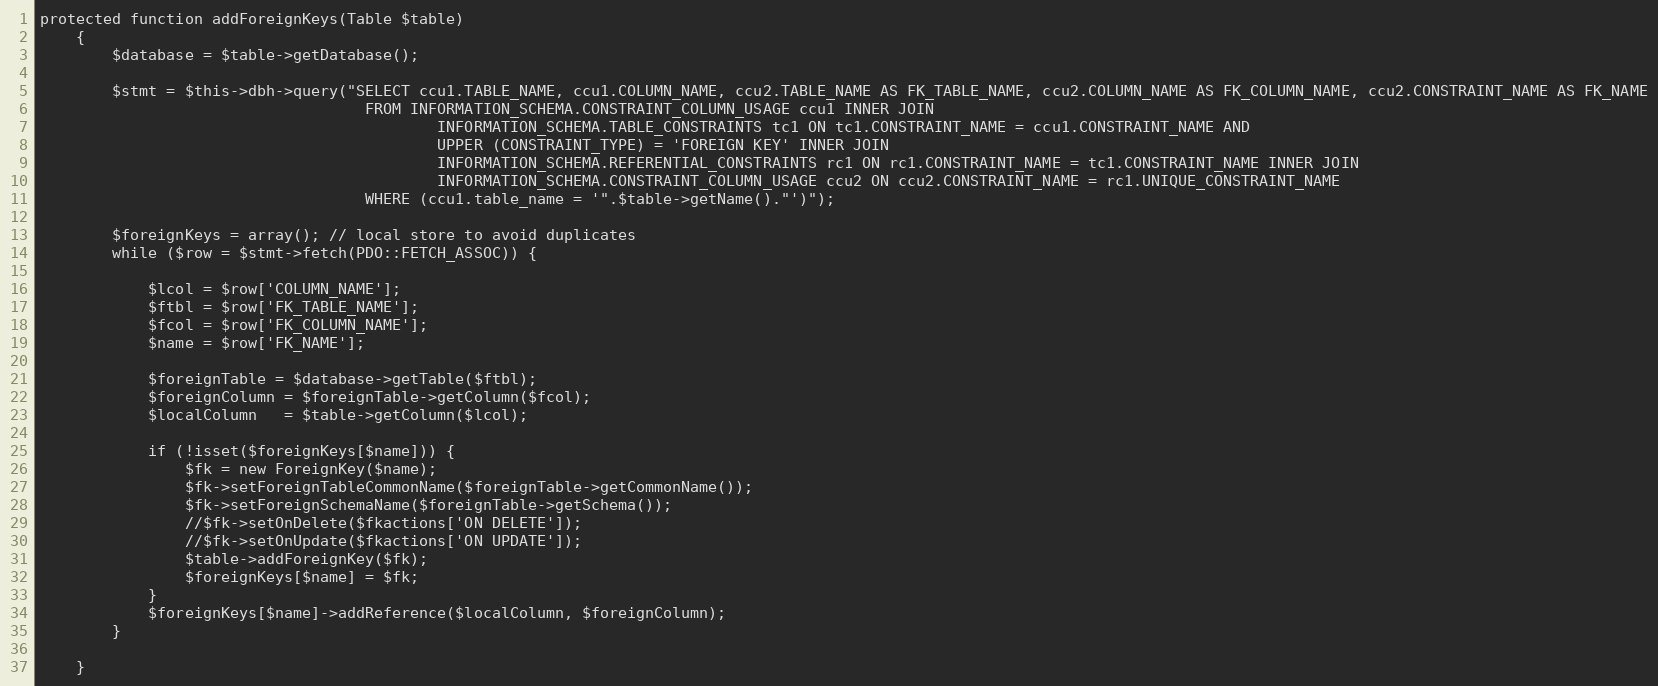
Language: PHP
protected function addForeignKeys(Table $table)
	{
		$database = $table->getDatabase();

		$stmt = $this->dbh->query("SELECT ccu1.TABLE_NAME, ccu1.COLUMN_NAME, ccu2.TABLE_NAME AS FK_TABLE_NAME, ccu2.COLUMN_NAME AS FK_COLUMN_NAME, ccu2.CONSTRAINT_NAME AS FK_NAME
									FROM INFORMATION_SCHEMA.CONSTRAINT_COLUMN_USAGE ccu1 INNER JOIN
											INFORMATION_SCHEMA.TABLE_CONSTRAINTS tc1 ON tc1.CONSTRAINT_NAME = ccu1.CONSTRAINT_NAME AND
											UPPER (CONSTRAINT_TYPE) = 'FOREIGN KEY' INNER JOIN
											INFORMATION_SCHEMA.REFERENTIAL_CONSTRAINTS rc1 ON rc1.CONSTRAINT_NAME = tc1.CONSTRAINT_NAME INNER JOIN
											INFORMATION_SCHEMA.CONSTRAINT_COLUMN_USAGE ccu2 ON ccu2.CONSTRAINT_NAME = rc1.UNIQUE_CONSTRAINT_NAME
									WHERE (ccu1.table_name = '".$table->getName()."')");

		$foreignKeys = array(); // local store to avoid duplicates
		while ($row = $stmt->fetch(PDO::FETCH_ASSOC)) {

			$lcol = $row['COLUMN_NAME'];
			$ftbl = $row['FK_TABLE_NAME'];
			$fcol = $row['FK_COLUMN_NAME'];
			$name = $row['FK_NAME'];

			$foreignTable = $database->getTable($ftbl);
			$foreignColumn = $foreignTable->getColumn($fcol);
			$localColumn   = $table->getColumn($lcol);

			if (!isset($foreignKeys[$name])) {
				$fk = new ForeignKey($name);
				$fk->setForeignTableCommonName($foreignTable->getCommonName());
				$fk->setForeignSchemaName($foreignTable->getSchema());
				//$fk->setOnDelete($fkactions['ON DELETE']);
				//$fk->setOnUpdate($fkactions['ON UPDATE']);
				$table->addForeignKey($fk);
				$foreignKeys[$name] = $fk;
			}
			$foreignKeys[$name]->addReference($localColumn, $foreignColumn);
		}

	}